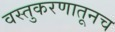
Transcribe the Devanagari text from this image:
वस्तुकरणातूनच